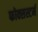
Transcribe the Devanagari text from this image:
फोक्सस्टर्म